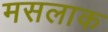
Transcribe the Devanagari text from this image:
मसलाक